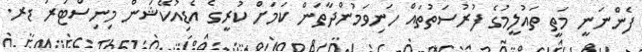
ފެންނަނީ މަތީ ތައުލީމުގެ ފުރުސަތުތައް ހަނިވަމުންދާތަން ކަމަށް ކުރީގެ އެޑިއުކޭޝަން މިނިސްޓަރު ޑރ.